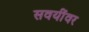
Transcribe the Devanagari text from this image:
सवयींवर